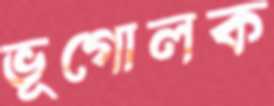
ভূগোলক